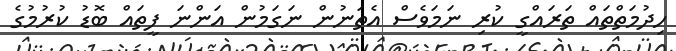
ހިދުމަތްތައް ތަރައްގީ ކުރި ނަމަވެސް އެތަނުން ނަގަމުން އަންނަ ފީތައް ބޮޑު ކުރުމުގެ